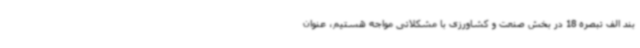
بند الف تبصره 18 در بخش صنعت و کشاورزی با مشکلاتی مواجه هستیم، عنوان